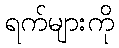
ရက်များကို